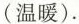
(温暖).